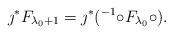
LaTeX: \begin{align*}\jmath^* F_{\lambda_0+1} = \jmath^*( ^{-1} \circ F_{\lambda_0} \circ ).\end{align*}